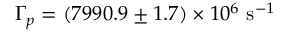
\Gamma _ { p } = ( 7 9 9 0 . 9 \pm 1 . 7 ) \times 1 0 ^ { 6 } \ \mathrm { s } ^ { - 1 }